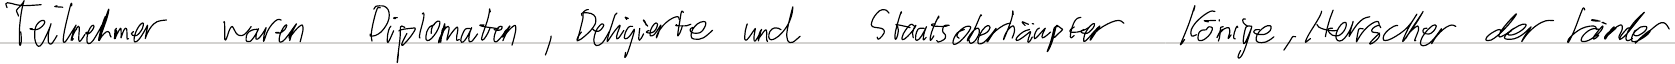
Teilnehmer waren Diplomaten, Deligierte und Staatsoberhäupter Könige, Herrscher und Länder